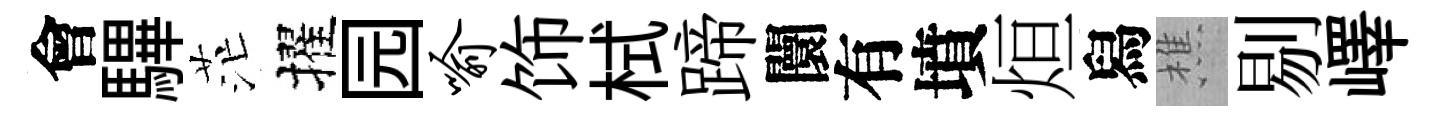
會驆茫擢园喻饰栻蹄闤有墳烜舄樵剔嶧